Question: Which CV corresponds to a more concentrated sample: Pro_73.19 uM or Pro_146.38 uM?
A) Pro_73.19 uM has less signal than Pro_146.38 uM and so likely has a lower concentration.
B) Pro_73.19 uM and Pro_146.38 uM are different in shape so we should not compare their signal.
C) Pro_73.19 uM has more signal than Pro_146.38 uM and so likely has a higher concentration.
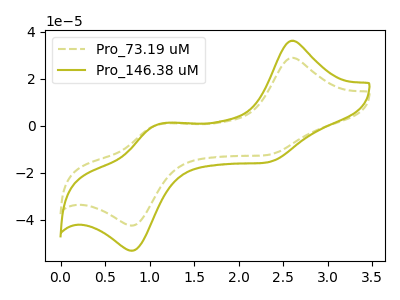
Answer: <think>The olive dashed curve "Pro_73.19 uM" has anodic peaks at (2.60V, 28.85uA) (1.10V, 0.45uA) and cathodic peaks at (2.30V, -12.50uA) (0.80V, -42.40uA). The olive curve "Pro_146.38 uM" has anodic peaks at (2.60V, 36.10uA) (1.10V, 0.55uA) and cathodic peaks at (2.30V, -15.65uA) (0.80V, -53.05uA).
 All the peaks in "Pro_73.19 uM" have a peak in "Pro_146.38 uM" at the same potential. Every peak in "Pro_73.19 uM" is lower than every peak in "Pro_146.38 uM".</think>
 <answer>A) "Pro_73.19 uM" has less signal than "Pro_146.38 uM" and so likely has a lower concentration.</answer>
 <eval>A</eval>